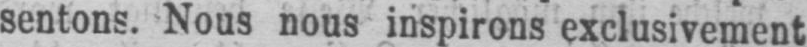
sentons. Nous nous inspirons exclusivement